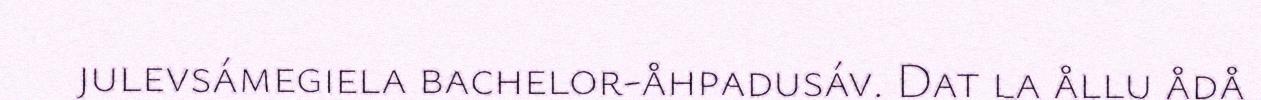
julevsámegiela bachelor-åhpadusáv. Dat la ållu ådå